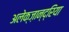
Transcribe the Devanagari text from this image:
अलेक्ज़ान्द्रिया